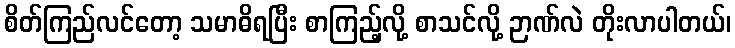
စိတ်ကြည်လင်တော့ သမာဓိရပြီး စာကြည့်လို့ စာသင်လို့ ဉာဏ်လဲ တိုးလာပါတယ်၊